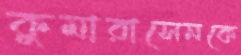
কুমারাসেনকে